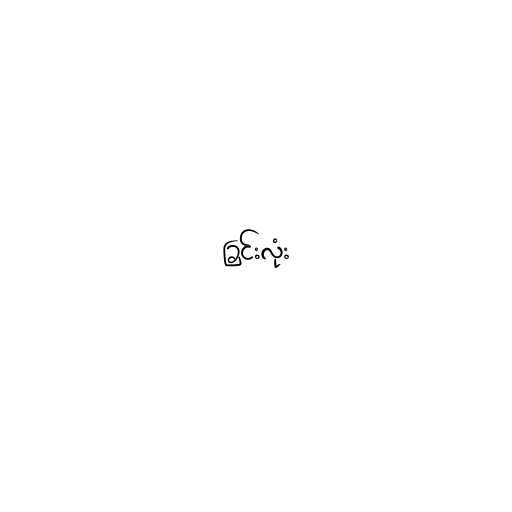
ခြင်းလုံး